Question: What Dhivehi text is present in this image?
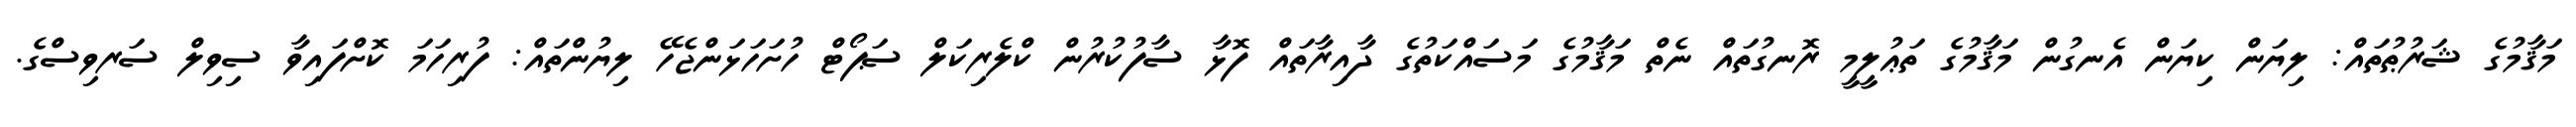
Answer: މަޤާމުގެ ޝަރުޠުތައް: ލިޔަން ކިޔަން އެނގުން މަޤާމުގެ ތަޢުލީމީ ރޮނގުތައް ނެތް މަޤާމުގެ މަސައްކަތުގެ ދާއިރާތައް ފޮޅާ ސާފުކުރުން ކްލެރިކަލް ސަޕޯޓް ހުށަހަޅަންޖެހޭ ލިޔުންތައް: ފުރިހަމަ ކޮށްފައިވާ ސިވިލް ސަރވިސްގެ.